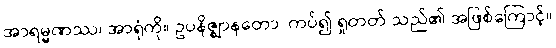
အာရမ္မဏဿ၊ အာရုံကို။ ဥပနိဇ္ဈာနတော၊ ကပ်၍ ရှုတတ် သည်၏ အဖြစ်ကြောင့်။